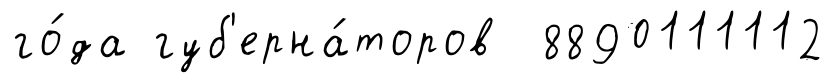
го́да губ'ерна́торов 8890111112